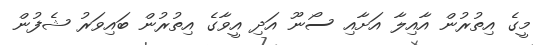
މީގެ އިތުރުން އާއިލާ އަށާއި ސޯނޫ އަދި އީވާގެ އިތުރުން ބައިވަރު ޝެފުން